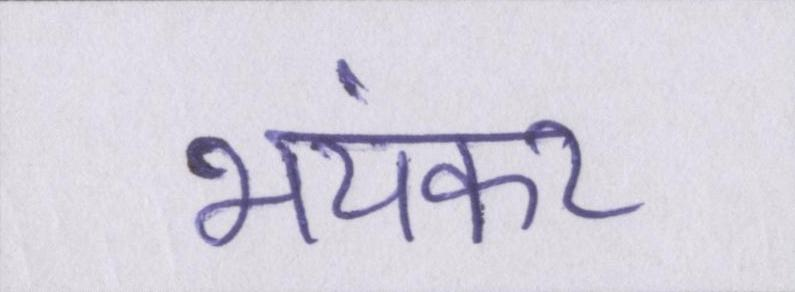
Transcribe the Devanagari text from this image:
भयंकर